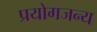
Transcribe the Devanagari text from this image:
प्रयोगजन्य